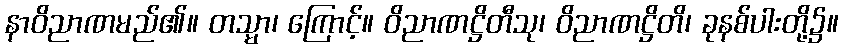
နာဝိညာဏမည်၏။ တသ္မာ၊ ကြောင့်။ ဝိညာဏဋ္ဌိတီသု၊ ဝိညာဏဋ္ဌိတိ၊ ခုနစ်ပါးတို့၌။